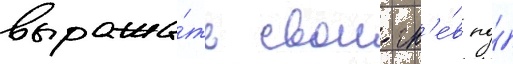
выража́ть свои гн'е́в по́